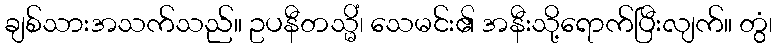
ချစ်သားအသက်သည်။ ဥပနီတသ္မိံ၊ သေမင်း၏ အနီးသို့ရောက်ပြီးလျက်။ တွံ၊